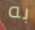
به